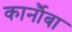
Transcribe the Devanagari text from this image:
कार्नौबा